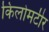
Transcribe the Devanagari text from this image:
किलोमटीर